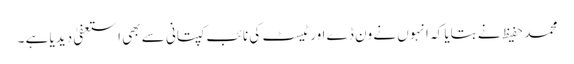
محمد حفیظ نے بتایا کہ انہوں نے ون ڈے اور ٹیسٹ کی نائب کپتانی سے بھی استعفیٰ دیدیا ہے ۔